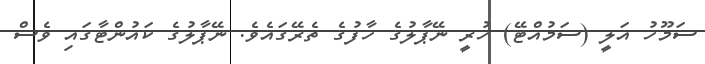
ސަމޫހު އަލީ (ސަމުއްޓޭ) ހުރީ ނޭޕާލުގެ ހާފުގެ ތެރޭގައެވެ. ނޭޕާލުގެ ކައުންޓާގައި ވެސް